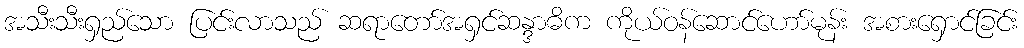
အသီးသီးရှည်သော ပြင်းလာသည် ဆရာတော်အရှင်ဆန္ဒာဓိက ကိုယ်ဝန်ဆောင်ဟော်မုန်း အစားရှောင်ခြင်း